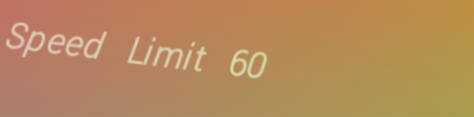
Speed Limit 60